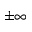
\pm \infty